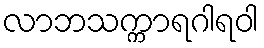
လာဘသက္ကာရဂါရဝါ